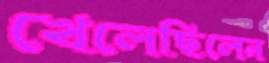
খেলেছিলেন